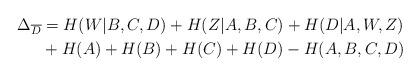
LaTeX: \begin{align*} \Delta_{\overline{D}} &= H(W|B,C,D) + H(Z|A,B,C) + H(D|A,W,Z)\\ & + H(A) + H(B) + H(C) + H(D) - H(A,B,C,D)\end{align*}